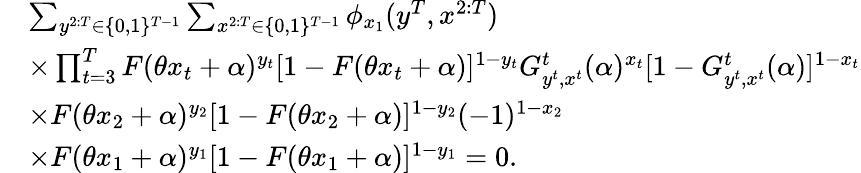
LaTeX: \begin{array}{rl}&{\sum_{y^{2:T}\in\{ 0,1\} ^{T-1}}\sum_{x^{2:T}\in\{ 0,1\} ^{T-1}}\phi_{x_{1}}(y^{T},x^{2:T})}\\ &{\times\prod_{t=3}^{T}F(\theta x_{t}+\alpha)^{y_{t}}[1-F(\theta x_{t}+\alpha)]^{1-y_{t}}G_{y^{t},x^{t}}^{t}(\alpha)^{x_{t}}[1-G_{y^{t},x^{t}}^{t}(\alpha)]^{1-x_{t}}}\\ &{\times F(\theta x_{2}+\alpha)^{y_{2}}[1-F(\theta x_{2}+\alpha)]^{1-y_{2}}(-1)^{1-x_{2}}}\\ &{\times F(\theta x_{1}+\alpha)^{y_{1}}[1-F(\theta x_{1}+\alpha)]^{1-y_{1}}=0.}\end{array}